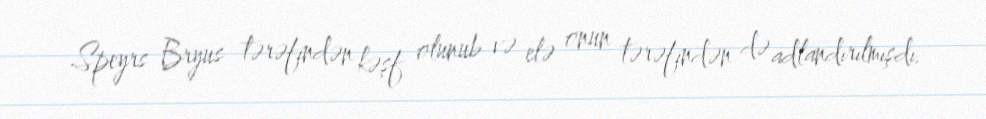
Speyrs Bryus tərəfindən kəşf olunub və elə onun tərəfindən də adlandırılmışdı.